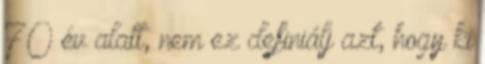
70 év alatt, nem ez definiálj azt, hogy ki